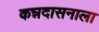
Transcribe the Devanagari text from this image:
कन्नदासनाला